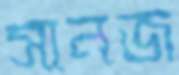
সানজ